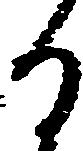
る